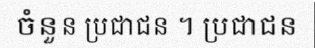
ចំនួន ប្រជាជន ។ ប្រជាជន